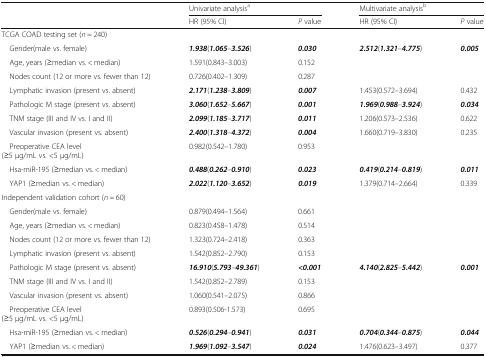
<table><thead><tr><td rowspan="2"></td><td colspan="2"><b>Univariate analysis<sup>a</sup></b></td><td colspan="2"><b>Multivariate analysis<sup>b</sup></b></td></tr><tr><td><b>HR (95% Cl)</b></td><td><b><i>P</i> value</b></td><td><b>HR (95% CI)</b></td><td><b><i>P</i> value</b></td></tr></thead><tbody><tr><td colspan="5">TCGA COAD testing set (<i>n</i> = 240)</td></tr><tr><td> Gender(male vs. female)</td><td><b><i>1.938</i></b>(<b><i>1.065</i></b>–<b><i>3.526</i></b>)</td><td><b><i>0.030</i></b></td><td><b><i>2.512</i></b>(<b><i>1.321</i></b>–<b><i>4.775</i></b>)</td><td><b><i>0.005</i></b></td></tr><tr><td> Age, years (≥median vs. &lt; median)</td><td>1.591(0.843–3.003)</td><td>0.152</td><td></td><td></td></tr><tr><td> Nodes count (12 or more vs. fewer than 12)</td><td>0.726(0.402–1.309)</td><td>0.287</td><td></td><td></td></tr><tr><td> Lymphatic invasion (present vs. absent)</td><td><b><i>2.171</i></b>(<b><i>1.238</i></b>–<b><i>3.809</i></b>)</td><td><b><i>0.007</i></b></td><td>1.453(0.572–3.694)</td><td>0.432</td></tr><tr><td> Pathologic M stage (present vs. absent)</td><td><b><i>3.060</i></b>(<b><i>1.652</i></b>–<b><i>5.667</i></b>)</td><td><b><i>0.001</i></b></td><td><b><i>1.969</i></b>(<b><i>0.988</i></b>–<b><i>3.924</i></b>)</td><td><b><i>0.034</i></b></td></tr><tr><td> TNM stage (III and IV vs. I and II)</td><td><b><i>2.099</i></b>(<b><i>1.185</i></b>–<b><i>3.717</i></b>)</td><td><b><i>0.011</i></b></td><td>1.206(0.573–2.536)</td><td>0.622</td></tr><tr><td> Vascular invasion (present vs<i>.</i> absent)</td><td><b><i>2.400</i></b>(<b><i>1.318</i></b>–<b><i>4.372</i></b>)</td><td><b><i>0.004</i></b></td><td>1.660(0.719–3.830)</td><td>0.235</td></tr><tr><td> Preoperative CEA level(≥5 μg/mL vs. &lt;5 μg/mL)</td><td>0.982(0.542–1.780)</td><td>0.953</td><td></td><td></td></tr><tr><td> Hsa-miR-195 (≥median vs. &lt; median)</td><td><b><i>0.488</i></b>(<b><i>0.262</i></b>–<b><i>0.910</i></b>)</td><td><b><i>0.023</i></b></td><td><b><i>0.419</i></b>(<b><i>0.214</i></b>–<b><i>0.819</i></b>)</td><td><b><i>0.011</i></b></td></tr><tr><td> YAP1 (≥median vs. &lt; median)</td><td><b><i>2.022</i></b>(<b><i>1.120</i></b>–<b><i>3.652</i></b>)</td><td><b><i>0.019</i></b></td><td>1.379(0.714–2.664)</td><td>0.339</td></tr><tr><td colspan="5">Independent validation cohort (<i>n</i> = 60)</td></tr><tr><td> Gender(male vs. female)</td><td>0.879(0.494–1.564)</td><td>0.661</td><td></td><td></td></tr><tr><td> Age, years (≥median vs. &lt; median)</td><td>0.823(0.458–1.478)</td><td>0.514</td><td></td><td></td></tr><tr><td> Nodes count (12 or more vs. fewer than 12)</td><td>1.323(0.724–2.418)</td><td>0.363</td><td></td><td></td></tr><tr><td> Lymphatic invasion (present vs<i>.</i> absent)</td><td>1.542(0.852–2.790)</td><td>0.153</td><td></td><td></td></tr><tr><td> Pathologic M stage (present vs<i>.</i> absent)</td><td><b><i>16.910</i></b>(<b><i>5.793</i></b>–<b><i>49.361</i></b>)</td><td><b><i>&lt;0.001</i></b></td><td><b><i>4.140</i></b>(<b><i>2.825</i></b>–<b><i>5.442</i></b>)</td><td><b><i>0.001</i></b></td></tr><tr><td> TNM stage (III and IV vs. I and II)</td><td>1.542(0.852–2.789)</td><td>0.153</td><td></td><td></td></tr><tr><td> Vascular invasion (present vs<i>.</i> absent)</td><td>1.060(0.541–2.075)</td><td>0.866</td><td></td><td></td></tr><tr><td> Preoperative CEA level(≥5 μg/mL vs. &lt;5 μg/mL)</td><td>0.893(0.506-1.573)</td><td>0.695</td><td></td><td></td></tr><tr><td> Hsa-miR-195 (≥median vs. &lt; median)</td><td><b><i>0.526</i></b>(<b><i>0.294</i></b>–<b><i>0.941</i></b>)</td><td><b><i>0.031</i></b></td><td><b><i>0.704</i></b>(<b><i>0.344</i></b>–<b><i>0.875</i></b>)</td><td><b><i>0.044</i></b></td></tr><tr><td> YAP1 (≥median vs. &lt; median)</td><td><b><i>1.969</i></b>(<b><i>1.092</i></b>–<b><i>3.547</i></b>)</td><td><b><i>0.024</i></b></td><td>1.476(0.623–3.497)</td><td>0.377</td></tr></tbody></table>